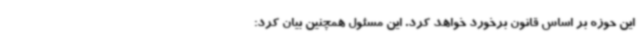
این حوزه بر اساس قانون برخورد خواهد کرد. این مسئول همچنین بیان کرد: